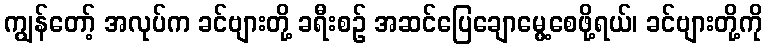
ကျွန်တော့် အလုပ်က ခင်ဗျားတို့ ခရီးစဉ် အဆင်ပြေချောမွေ့စေဖို့ရယ်၊ ခင်ဗျားတို့ကို